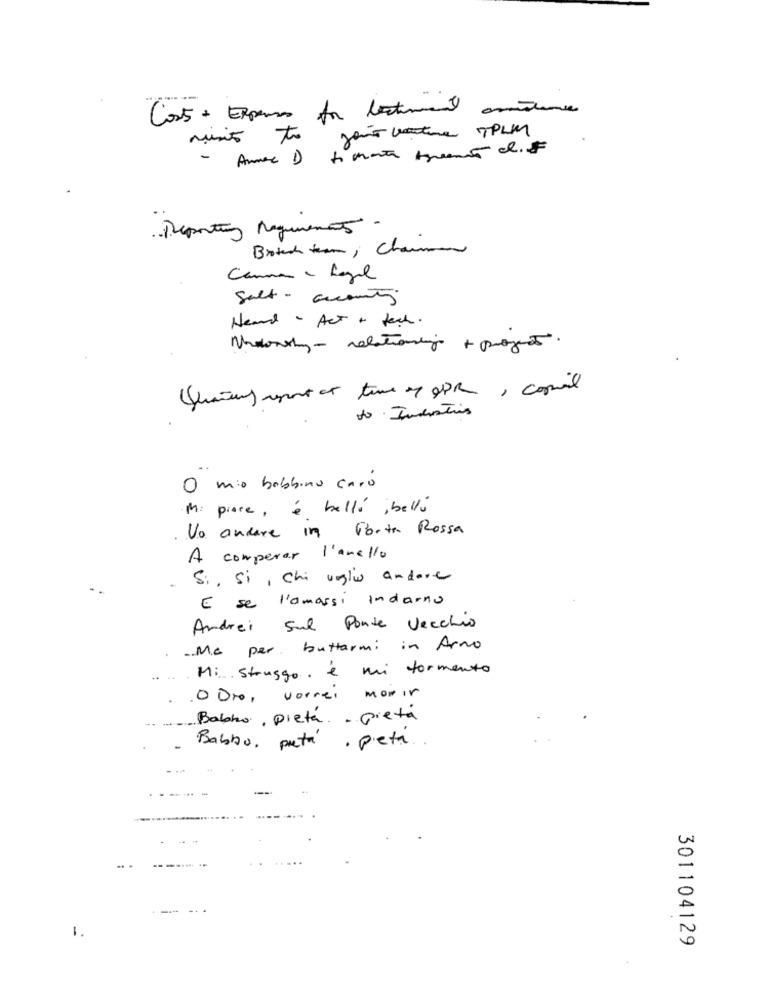
Cost - Expenses for bestinuent amandine
Jour votre TPLM
minis to
Reporting Requer 55 -
Brotech team, Chamman
Canna - Lagil
salt - accounty
Heard - Act + tech .
Nodorthy- relationing + progeto.
Quarters report et terme op OPR, copiail
to Industris
O mio babbino caro
Mi piace, è belli,belli
No andere in Porta Rossa
A comparar l'anello
Si, si , Chi voglio andare
E se l'amassi indarno
Andrei Sul Ponte Vecchio
.Me per buttarmi in Arno
Mi struggo. è mi tormento
. ODro, vorrei morir
Babho, pietá. - pietà
Babbo, preta . peta. .
-
301104129